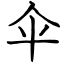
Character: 伞